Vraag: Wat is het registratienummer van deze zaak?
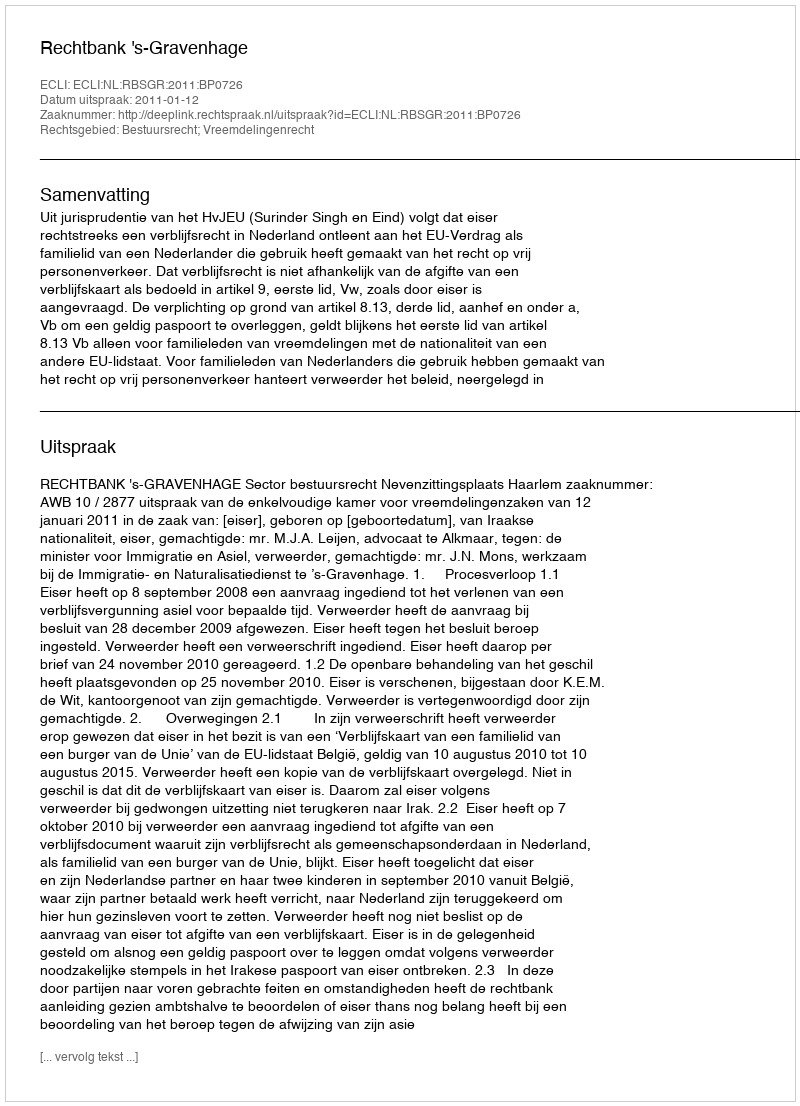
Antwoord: http://deeplink.rechtspraak.nl/uitspraak?id=ECLI:NL:RBSGR:2011:BP0726